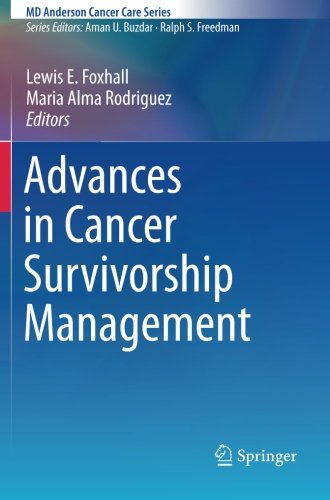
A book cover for Advances in Cancer Survivorship Management (MD Anderson Cancer Care Series); Medical Books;